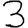
Digit: 3